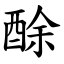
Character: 酴